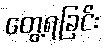
တွေ့ရခြင်း